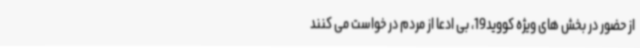
از حضور در بخش های ویژه کووید19، بی ادعا از مردم در خواست می کنند